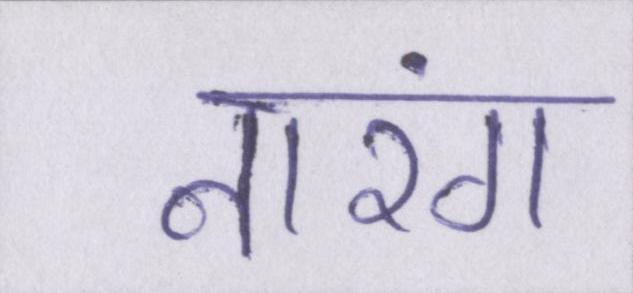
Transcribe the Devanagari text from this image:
नारंग